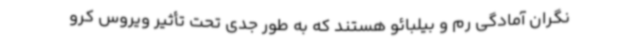
نگران آمادگی رم و بیلبائو هستند که به طور جدی تحت تأثیر ویروس کرو